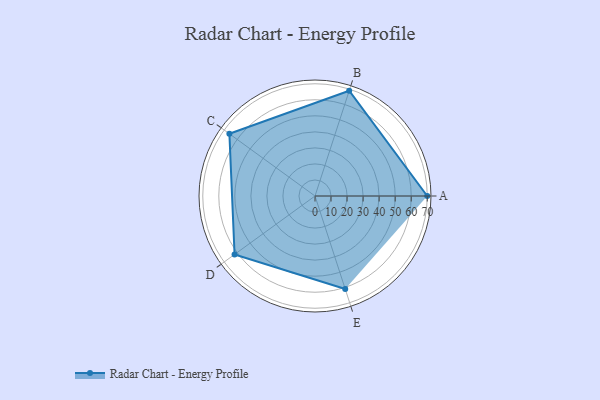
{"axis": {"x": "Skill", "y": "Score"}, "legend": ["Profile"], "data": [{"x": "A", "y": 70.0, "type": "Profile"}, {"x": "B", "y": 69.0, "type": "Profile"}, {"x": "C", "y": 66.0, "type": "Profile"}, {"x": "D", "y": 62.0, "type": "Profile"}, {"x": "E", "y": 61.0, "type": "Profile"}]}